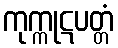
ကုက္ကုဋပတ္တံ